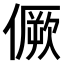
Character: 𠎮